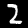
Digit: 2